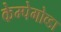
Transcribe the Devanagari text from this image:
केम्पेगोव्डा